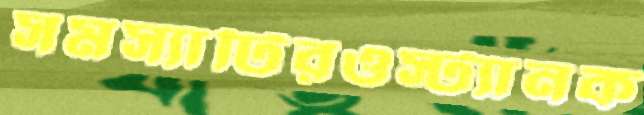
সমস্যাটিরওস্ট্যানক